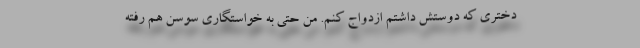
دختری که دوستش داشتم ازدواج کنم. من حتی به خواستگاری سوسن هم رفته